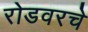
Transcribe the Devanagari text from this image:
रोडवरचे